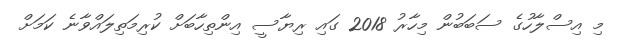
މި އިސްލާހުގެ ސަބަބުން މިހާރު 2018 ގައި ރިޔާސީ އިންތިހާބަށް ކުރިމަތިލައްވާނެ ކަމަށް